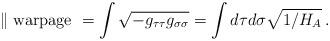
LaTeX: \begin{align*}\parallel {\rm warpage\ } = \int \sqrt{-g_{\tau\tau}g_{\sigma\sigma}} = \int d\tau d\sigma \sqrt{1/H_A} \,.\end{align*}